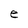
Character: e